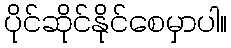
ပိုင်ဆိုင်နိုင်စေမှာပါ။